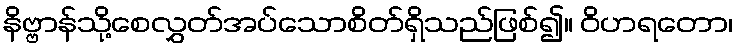
နိဗ္ဗာန်သို့စေလွှတ်အပ်သောစိတ်ရှိသည်ဖြစ်၍။ ဝိဟရတော၊